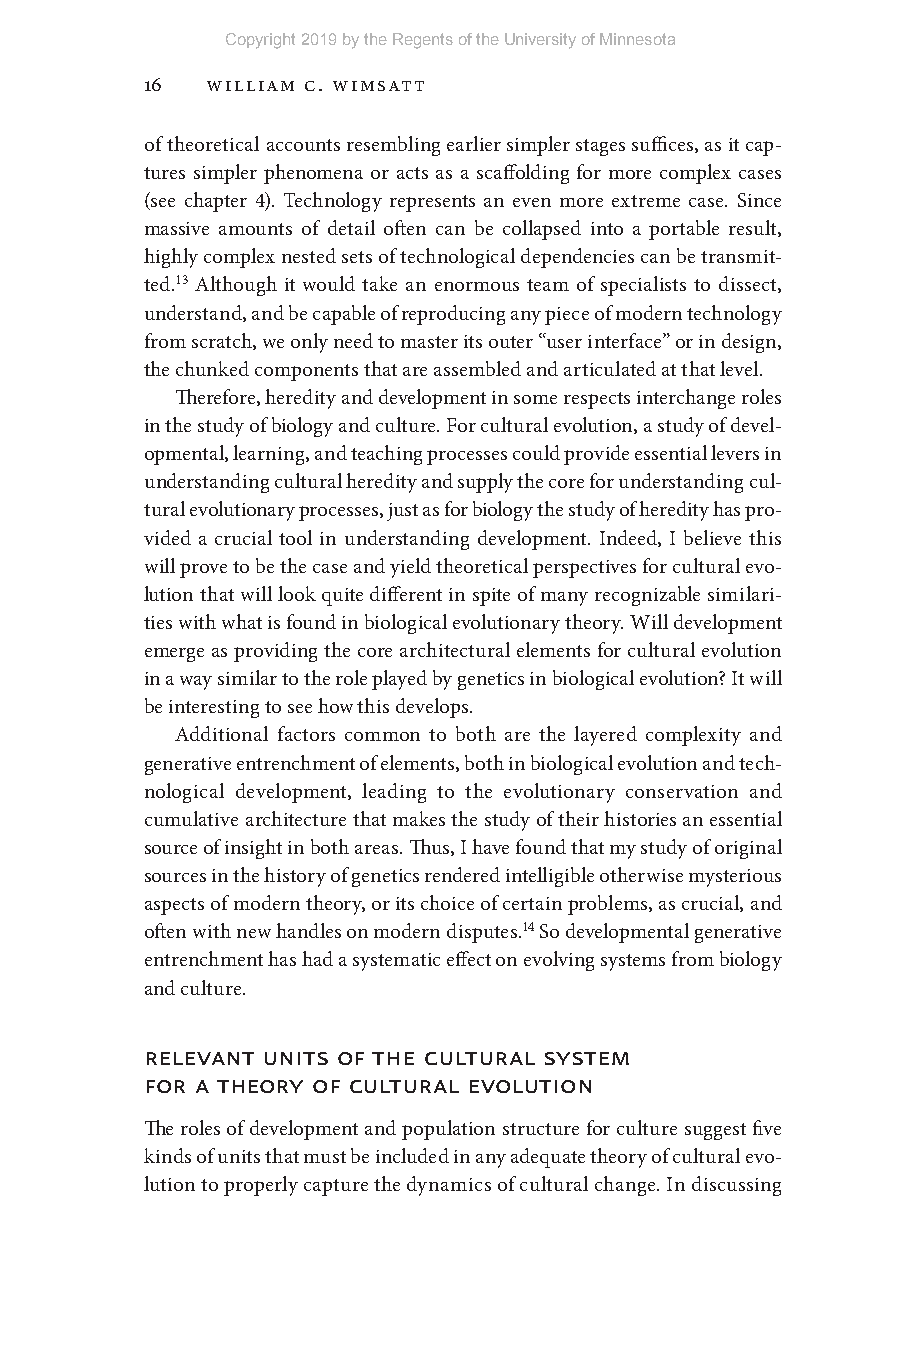
Copyright 2019 by the Regents of the University of Minnesota
 16  William C. Wimsatt
 of theoretical accounts resembling earlier simpler stages suffices, as it cap-
 tures simpler phenomena or acts as a scaffolding for more complex cases
 (see chapter 4). Technology represents an even more extreme case. Since
 massive amounts of detail often can be collapsed into a portable result,
 highly complex nested sets of technological dependencies can be transmit-
 ted.13 Although it would take an enormous team of specialists to dissect,
 understand, and be capable of reproducing any piece of modern technology
 from scratch, we only need to master its outer “user interface” or in design,
 the chunked components that are assembled and articulated at that level.
 Therefore, heredity and development in some respects interchange roles
 in the study of biology and culture. For cultural evolution, a study of devel-
 opmental, learning, and teaching processes could provide essential levers in
 understanding cultural heredity and supply the core for understanding cul-
 tural evolutionary processes, just as for biology the study of heredity has pro-
 vided a crucial tool in understanding development. Indeed, I believe this
 will prove to be the case and yield theoretical perspectives for cultural evo-
 lution that will look quite different in spite of many recognizable similari-
 ties with what is found in biological evolutionary theory. Will development
 emerge as providing the core architectural elements for cultural evolution
 in a way similar to the role played by genetics in biological evolution? It will
 be interesting to see how this develops.
 Additional factors common to both are the layered complexity and
 generative entrenchment of elements, both in biological evolution and tech-
 nological development, leading to the evolutionary conservation and
 cumulative architecture that makes the study of their histories an essential
 source of insight in both areas. Thus, I have found that my study of original
 sources in the history of genetics rendered intelligible otherwise mysterious
 aspects of modern theory, or its choice of certain problems, as crucial, and
 often with new handles on modern disputes.14 So developmental generative
 entrenchment has had a systematic effect on evolving systems from biology
 and culture.
 relevAnt units oF the CulturAl systeM
 For A theory oF CulturAl evolution
 The roles of development and population structure for culture suggest five
 kinds of units that must be included in any adequate theory of cultural evo-
 lution to properly capture the dynamics of cultural change. In discussing